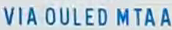
VIA OULED MTAA